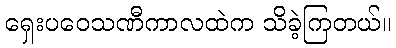
ရှေးပဝေသဏီကာလထဲက သိခဲ့ကြတယ်။